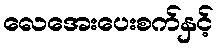
လေအေးပေးစက်နှင့်